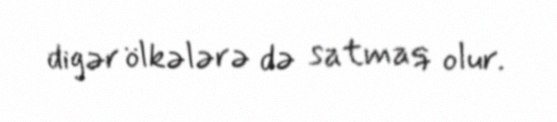
digər ölkələrə də satmaq olur.